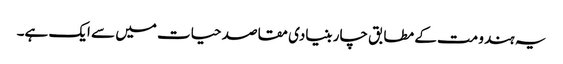
یہ ہندو مت کے مطابق چار بنیادی مقاصد حیات میں سے ایک ہے۔